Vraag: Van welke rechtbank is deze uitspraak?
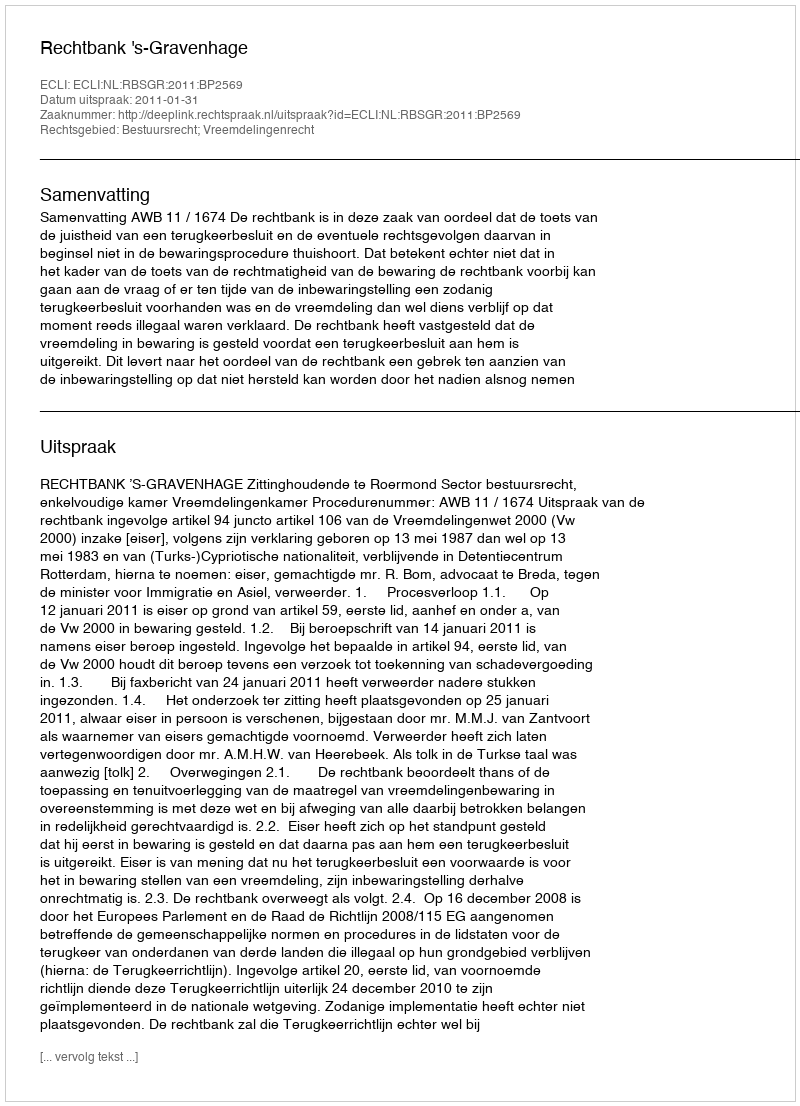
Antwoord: Rechtbank 's-Gravenhage